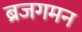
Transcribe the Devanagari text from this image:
ब्रजगमन